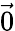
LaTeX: \vec{0}